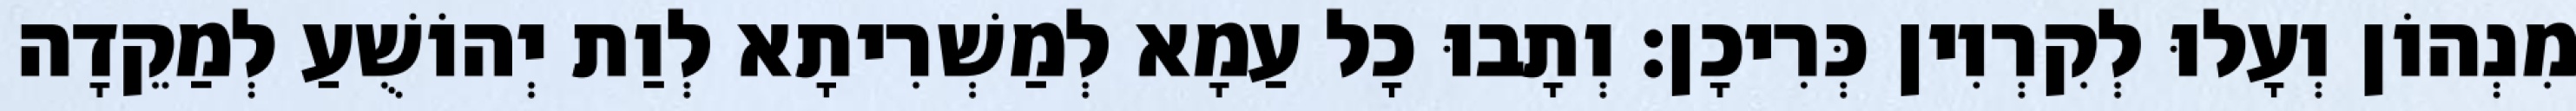
מִנְהוֹן וְעָלוּ לְקִרְוִין כְּרִיכָן׃ וְתָבוּ כָל עַמָא לְמַשְׁרִיתָא לְוַת יְהוֹשֻׁעַ לְמַקֵדָה